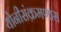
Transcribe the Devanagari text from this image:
योनीसंक्रमणास